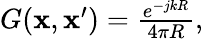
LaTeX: \begin{array}{r}{G(\mathbf{x},\mathbf{x}^{\prime})=\frac{e^{-jkR}}{4\pi R},}\end{array}